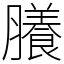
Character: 䑆